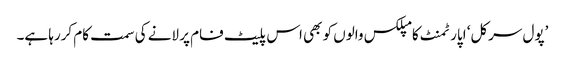
’پول سرکل‘ اپارٹمنٹ کامپلکس والوں کو بھی اس پلیٹ فام پر لانے کی سمت کام کررہا ہے۔